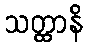
သတ္ထာနိ